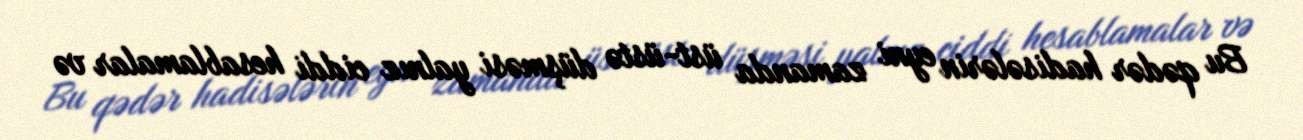
Bu qədər hadisələrin eyni zamanda üst-üstə düşməsi yalnız ciddi hesablamalar və